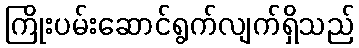
ကြိုးပမ်းဆောင်ရွက်လျက်ရှိသည်